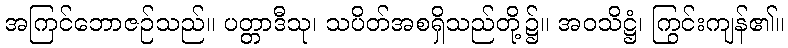
အကြင်ဘောဇဉ်သည်။ ပတ္တာဒီသု၊ သပိတ်အစရှိသည်တို့၌။ အဝသိဋ္ဌံ၊ ကြွင်းကျန်၏။